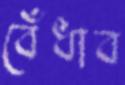
বেঁধাব